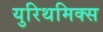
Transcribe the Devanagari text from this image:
युरिथमिक्स